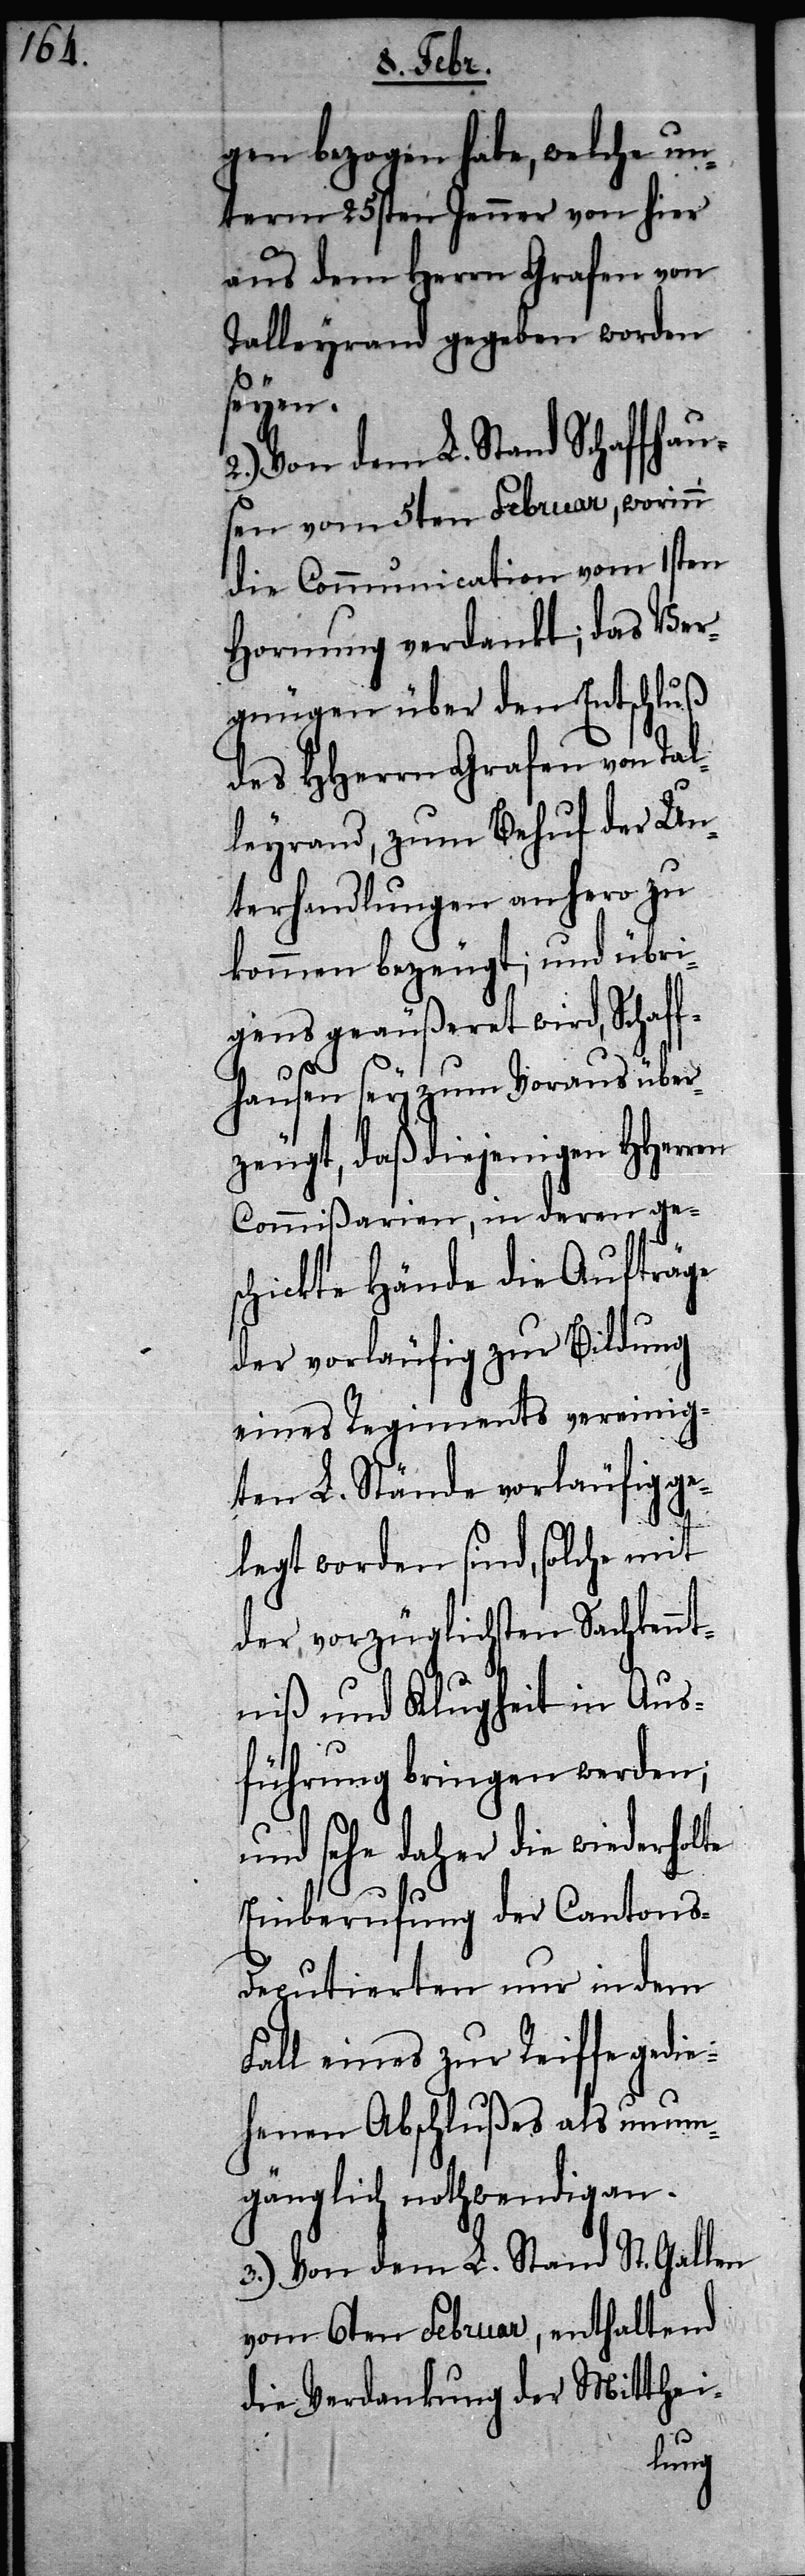
gen bezogen habe, welche un¬
term 25sten Jenner von hier
aus dem Herrn Grafen von
Talleyrand gegeben worden
seyen.
2.) Von dem L. Stand Schaffhau¬
sen vom 5ten Februar, worinn
die Communication vom 1sten
Hornung verdankt; das Ver¬
gnügen über den Entschluß
des HHerrn Grafen von Tal¬
leyrand, zum Behuf der Un¬
terhandlungen anhero zu
kommen bezeugt; und übri¬
gens geäußeret wird, Schaf¬
fhausen sey zum Voraus über¬
zeugt, daß diejenigen HHerren
Commißarien, in deren ge¬
schickte Hände die Aufträge
der vorläufig zur Bildung
eines Regiments vereinig¬
ten L. Stände vorläufig ge¬
legt worden sind, solche mit
der vorzüglichsten Sachkennt¬
niß und Klugheit in Aus¬
führung bringen werden;
und sehe daher die wiederholte
Einberufung der Cantons-D¬
eputierten nur in dem
Fall eines zur Reiffe gedie¬
henen Abschlußes als unum¬
gänglich nothwendigen.
3.) Von dem L. Stand St. Gallen
vom 6ten Februar, enthaltend
die Verdankung der Mitthei-